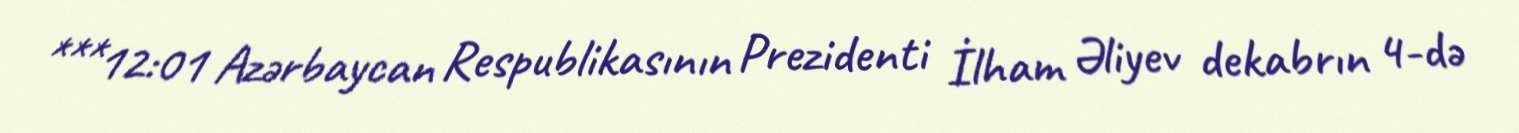
***12:01 Azərbaycan Respublikasının Prezidenti İlham Əliyev dekabrın 4-də